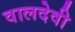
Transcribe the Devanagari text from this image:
वालदेवी